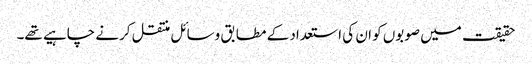
حقیقت میں صوبوں کو ان کی استعداد کے مطابق وسائل منتقل کرنے چاہیے تھے۔